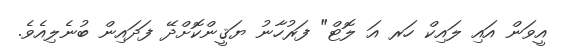
އީވަން އައި ލައިކް ހަރ އަ ލޮޓް" ފަރުހާނު ޔަޤީންކޮށްދޭ ފަދައިން ބުނެލިއެވެ.